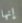
إنها